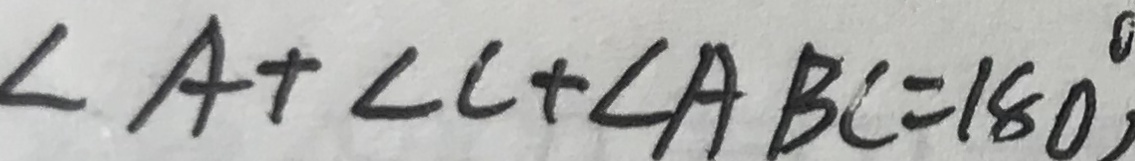
\angle A + \angle C + \angle A B C = 1 8 0 ^ { \circ }